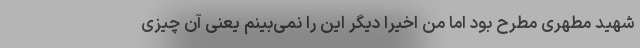
شهید مطهری مطرح بود اما من اخیراً دیگر این را نمی‌بینم یعنی آن چیزی